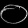
Digit: ၀